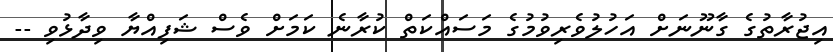
އިޖުރާތުގެ ގާނޫނަށް އަހުލުވެރިވުމުގެ މަސައްކަތް ކުރާނެ ކަމަށް ވެސް ޝަފިއްޔާ ވިދާޅުވި --